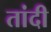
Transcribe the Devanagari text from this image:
तांदी